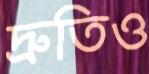
দ্রুতিও